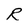
Character: R